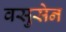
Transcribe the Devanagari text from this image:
वसुसेन